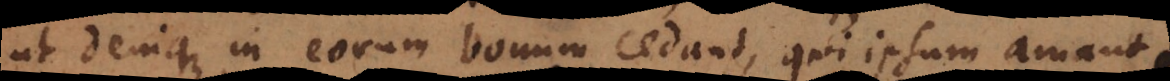
ut denique in eorum bonum cedant, qui ipsum amant.